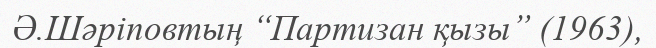
Ә.Шәріповтың “Партизан қызы” (1963),